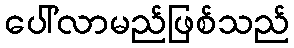
ပေါ်လာမည်ဖြစ်သည်